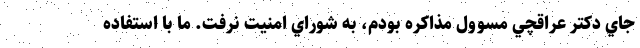
جاي دكتر عراقچي مسوول مذاكره بودم، به شوراي امنيت نرفت. ما با استفاده